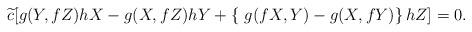
LaTeX: \begin{align*} \widetilde{c}[g(Y,fZ)hX-g(X,fZ)hY+\left\{\ g(fX,Y)-g(X,fY) \right\}hZ]=0.\end{align*}